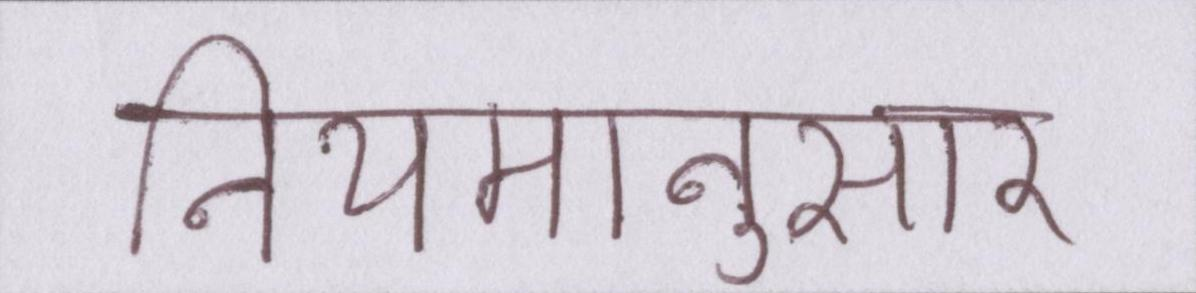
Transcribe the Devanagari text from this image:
नियमानुसार